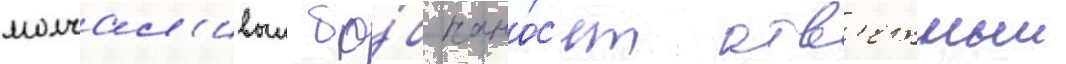
молчал'ивыи бо́б нано́с'ят отв'етныи